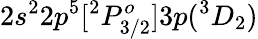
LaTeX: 2s^{2}2p^{5}[^{2}P_{3/2}^{o}]3p(^{3}D_{2})